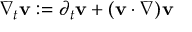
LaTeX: \nabla _ { t } \mathbf { v } : = \partial _ { t } \mathbf { v } + ( \mathbf { v } \cdot \nabla ) \mathbf { v }